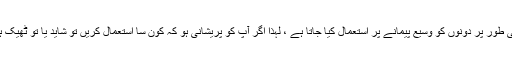
عملی طور پر دونوں کو وسیع پیمانے پر استعمال کیا جاتا ہے ، لہذا اگر آپ کو پریشانی ہو کہ کون سا استعمال کریں تو شاید یا تو ٹھیک ہوگا۔